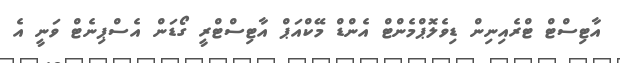
އާޓިސްޓް ޓްރެއިނިން ޑިވެލޮޕްމެންޓް އެންޑް މޭކްއަޕް އާޓިސްޓްރީ ގޯޑަން އެސްޕިނެޓް ވަނީ އެ